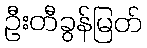
ဦးတီခွန်မြတ်